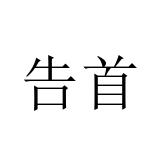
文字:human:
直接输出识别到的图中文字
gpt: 告首